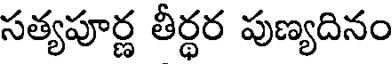
సత్యపూర్ణ తీర్థర పుణ్యదినం